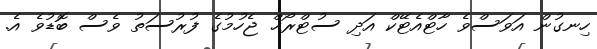
ހިނގުން އަވަސްވެ ހާޓްއެޓޭކް އަދި ސުޓްރޯޚް ޖެހުމުގެ ފުރުސަތު ވެސް ބޮޑުވެ އެ.